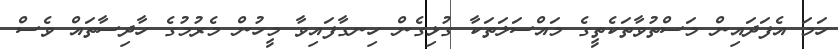
ހަމަ އެފަދައިން މަސްތުވާތަކެތީގެ މައްސަލަތަކާ ގުޅިގެން ހިނގާފައިވާ މީހުން މެރުމުގެ ހާދިސާތައް ވެސް